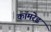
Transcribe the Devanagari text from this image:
काॅमरेड